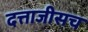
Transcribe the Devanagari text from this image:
दत्ताजीसच